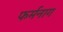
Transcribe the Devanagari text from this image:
फर्मनाग